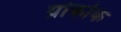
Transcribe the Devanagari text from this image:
ग्रोकोक